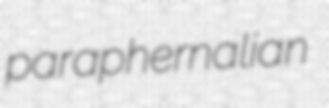
paraphernalian